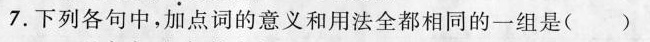
7.下列各句中，加点词的意义和用法全都相同的一组是( )